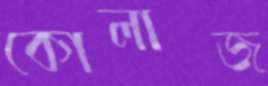
কোলাজ